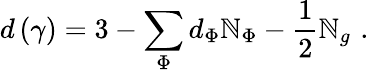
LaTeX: d\left(\gamma\right)=3-\sum_{\Phi}d_{\Phi}\mathbb{N}_{\Phi}-\frac{1}{2}\mathbb{N}_{g}\, \, .